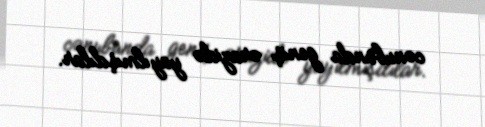
cənubunda geniş ərazidə yayılmışdılar.